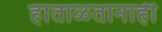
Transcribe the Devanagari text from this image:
हाताळतानाही